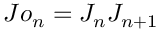
J o _ { n } = J _ { n } J _ { n + 1 }